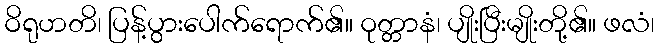
ဝိရုဟတိ၊ ပြန့်ပွားပေါက်ရောက်၏။ ဝုတ္တာနံ၊ ပျိုးပြီးမျိုးတို့၏။ ဖလံ၊